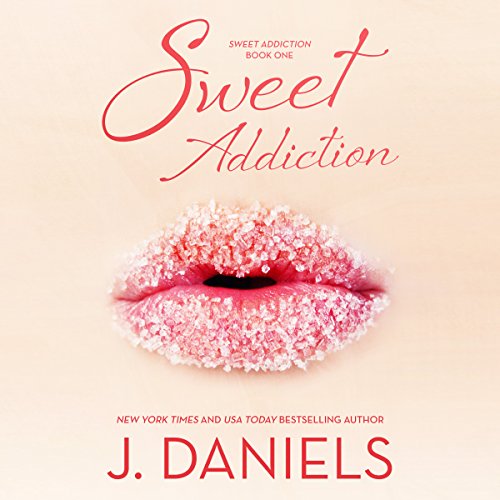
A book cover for Sweet Addiction; J. Daniels; Romance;